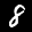
Label: 8